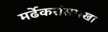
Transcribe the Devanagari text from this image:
मर्ढेकरांसारखा